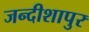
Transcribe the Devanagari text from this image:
जन्दीशापुर